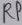
Text: RP